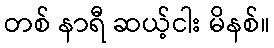
တစ် နာရီ ဆယ့်ငါး မိနစ်။